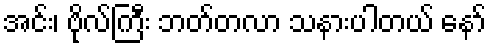
အင်း၊ ဗိုလ်ကြီး ဘတ်တလာ သနားပါတယ် နော်